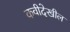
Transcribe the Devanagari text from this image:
कवीदेखील